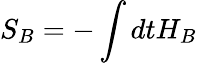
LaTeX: S_{B}=-\int dtH_{B}